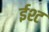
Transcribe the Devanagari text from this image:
ईश्ट